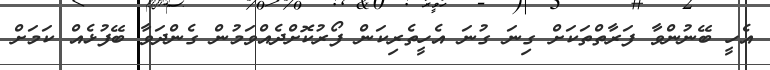
އެހީ ބޭނުންވާ ފަރާތްތަކަށް ގިނަ ގުނަ އެހީތެރިކަން ފޯރުކޮށްދެއްވަމުން ގެންދަވާ ބޭފުޅެއް ކަމަށް